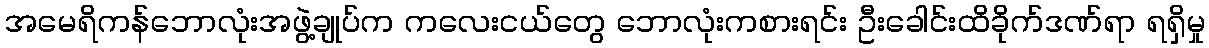
အမေရိကန်ဘောလုံးအဖွဲ့ချုပ်က ကလေးငယ်တွေ ဘောလုံးကစားရင်း ဦးခေါင်းထိခိုက်ဒဏ်ရာ ရရှိမှု